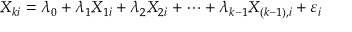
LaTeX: X _ { k i } = \lambda _ { 0 } + \lambda _ { 1 } X _ { 1 i } + \lambda _ { 2 } X _ { 2 i } + \dots + \lambda _ { k - 1 } X _ { ( k - 1 ) , i } + \varepsilon _ { i }